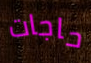
حاجات